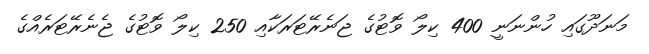
މަނަދޫގައި ހުންނަނީ 400 ކިލޯ ވޮޓުގެ ޖަނެރޭޓަރަކާއި 250 ކިލޯ ވޮޓުގެ ޖެނެރޭޓަރެއްގެ